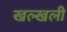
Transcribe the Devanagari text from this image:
खल्खली